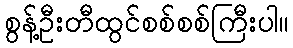
စွန့်ဦးတီထွင်စစ်စစ်ကြီးပါ။